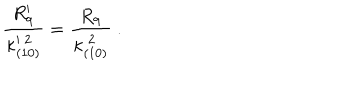
{ \frac { R _ { 9 } ^ { \prime } } { \kappa _ { ( 1 0 ) } ^ { \prime \ 2 } } } = { \frac { R _ { 9 } } { \kappa _ { ( 1 0 ) } ^ { \ 2 } } } \ .